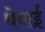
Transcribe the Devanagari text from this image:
थेवाई